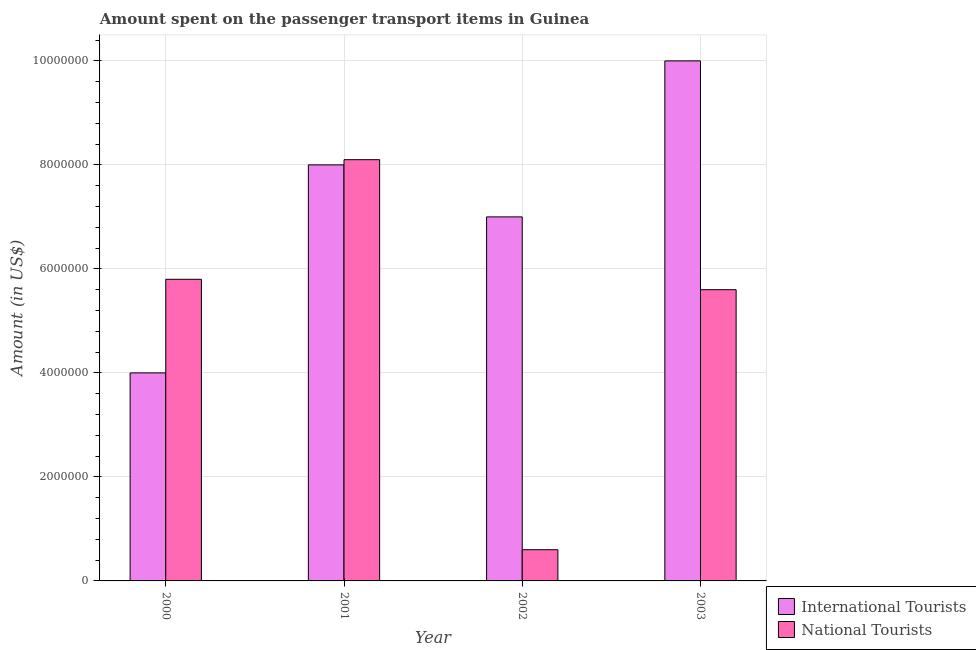
| Year | International Tourists | National Tourists |
 | --- | --- | --- |
 | 2000 | 4e+06 | 5.8e+06 |
 | 2001 | 8e+06 | 8.1e+06 |
 | 2002 | 7e+06 | 6e+05 |
 | 2003 | 1e+07 | 5.6e+06 |